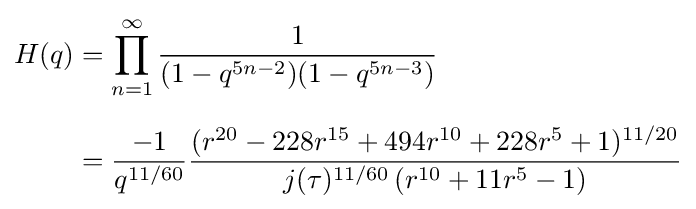
{\begin{aligned}H(q)&=\prod _{n=1}^{\infty }{\frac {1}{(1-q^{5n-2})(1-q^{5n-3})}}\\[6pt]&={\frac {-1}{q^{11/60}}}{\frac {(r^{20}-228r^{15}+494r^{10}+228r^{5}+1)^{11/20}}{j(\tau )^{11/60}\,(r^{10}+11r^{5}-1)}}\end{aligned}}